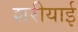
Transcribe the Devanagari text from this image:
शरीयाई